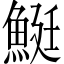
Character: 䱓